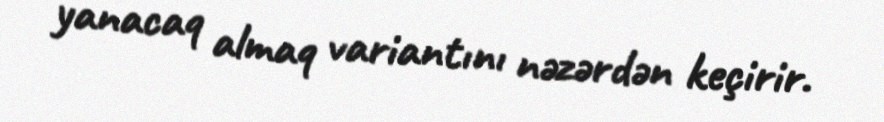
yanacaq almaq variantını nəzərdən keçirir.